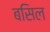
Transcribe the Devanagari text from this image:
बसिल